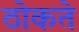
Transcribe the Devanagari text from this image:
ठोकते